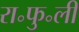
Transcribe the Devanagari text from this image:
रा॰फु॰ली